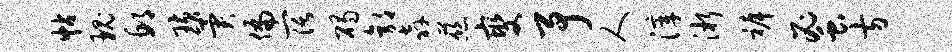
帖瑰邱璜异偏阔碣郭奔慈燮予人滓淅裤蜜方